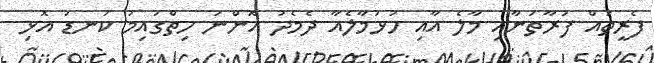
ފެރީތައް ފުރާތަނާއި މާލެ އާއި ހުޅުމާލެއާ ދެމެދު އޮންނަ ހިތްގައިމު ކަނޑު އޮޅި